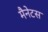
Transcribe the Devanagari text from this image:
मैनेटस